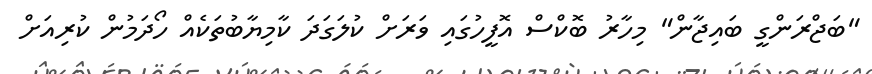
"ބަޖްރަންގީ ބައިޖާން" މިހާރު ބޮކްސް އޮފީހުގައި ވަރަށް ކުލަގަދަ ކާމިޔާބުތަކެއް ހޯދަމުން ކުރިއަށް